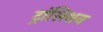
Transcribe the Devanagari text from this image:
ट्रांसिशन